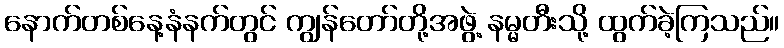
နောက်တစ်နေ့နံနက်တွင် ကျွန်တော်တို့အဖွဲ့ နမ္မတီးသို့ ထွက်ခဲ့ကြသည်။